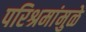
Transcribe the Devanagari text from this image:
परिश्रमांमुळे